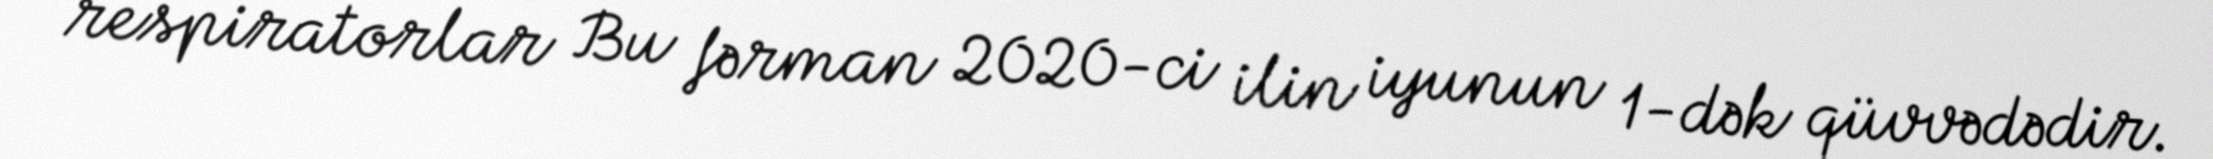
respiratorlar Bu fərman 2020-ci ilin iyunun 1-dək qüvvədədir.